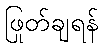
ဖြုတ်ချရန်